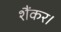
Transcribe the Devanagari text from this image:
शैंकर।